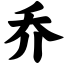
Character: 乔